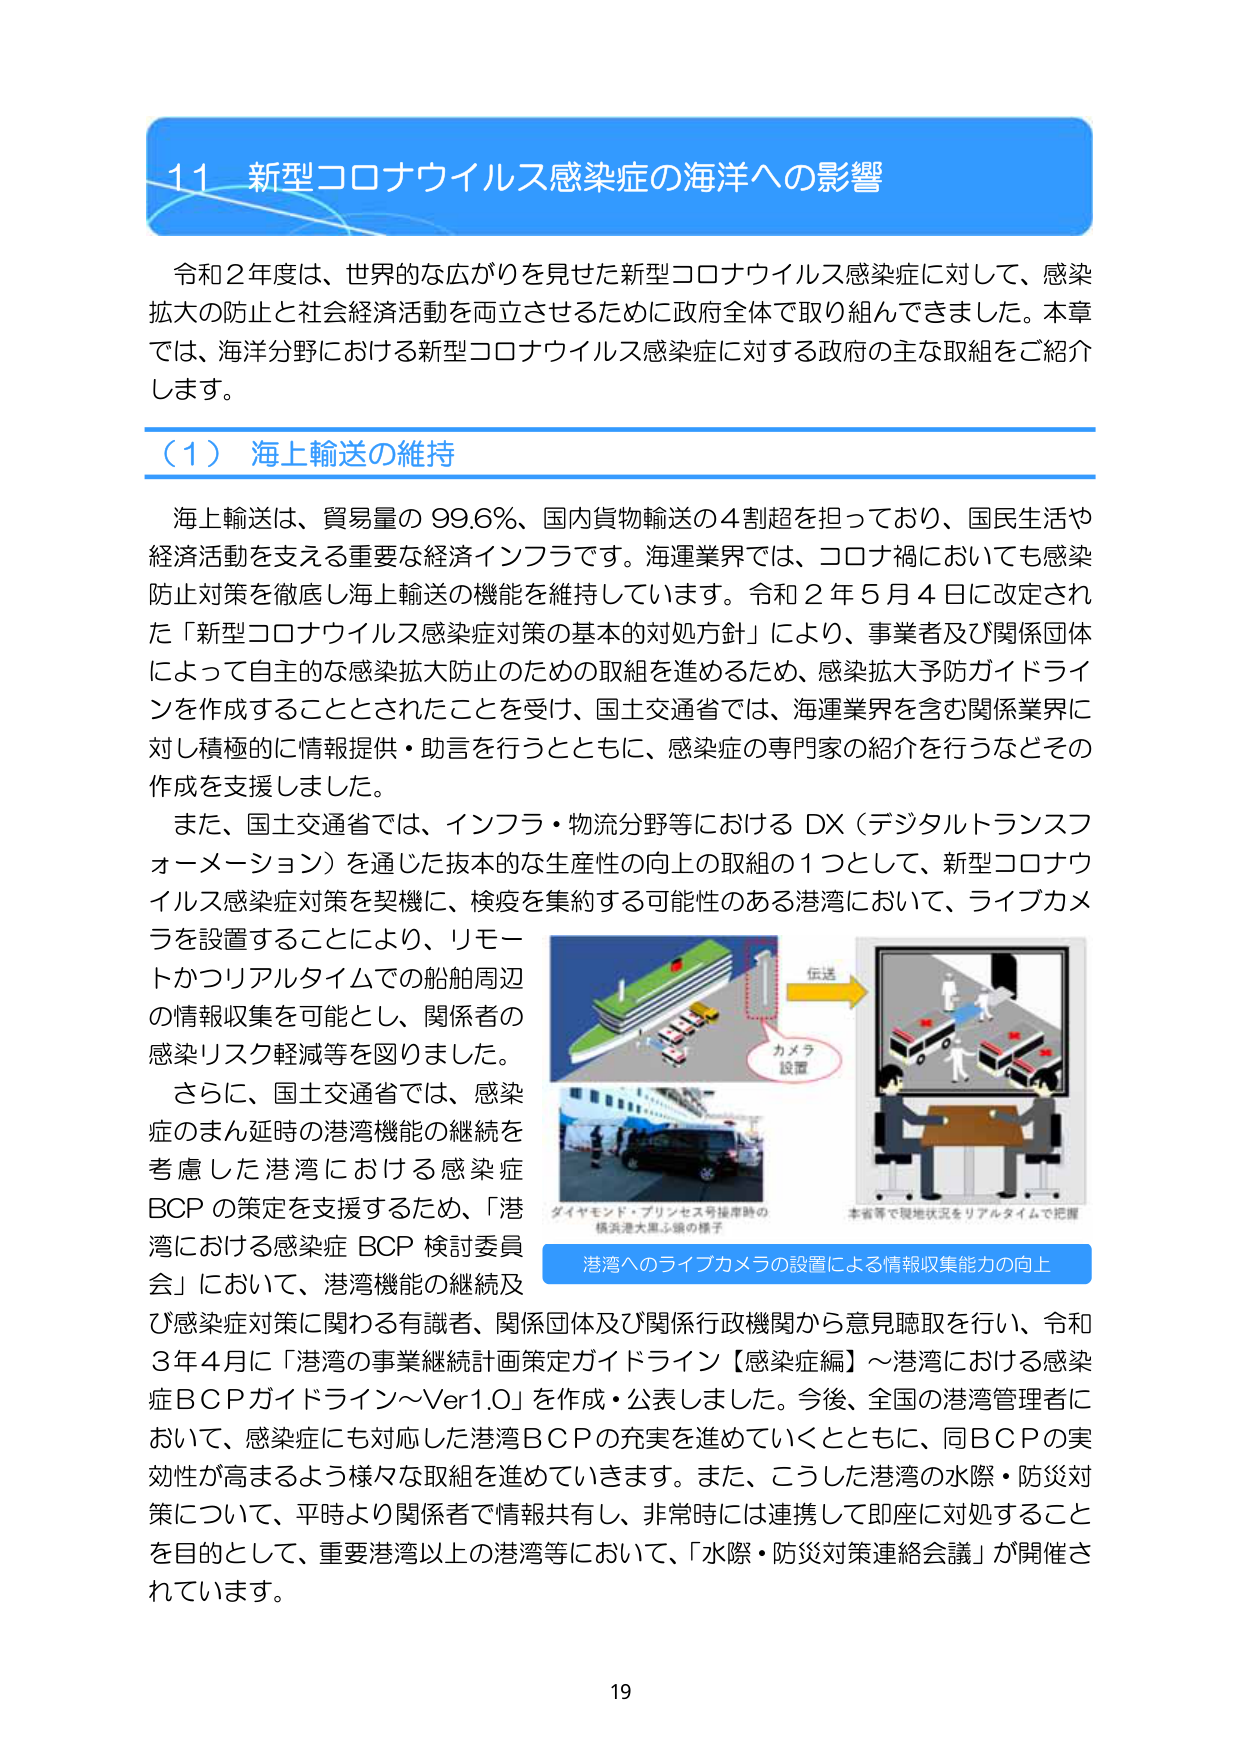
11 新型コロナウイルス感染症の海洋への影響

令和2年度は、世界的な広がりを見せた新型コロナウイルス感染症に対して、感染拡大の防止と社会経済活動を両立させるために政府全体で取り組んできました。本章では、海洋分野における新型コロナウイルス感染症に対する政府の主な取組をご紹介します。

（1）海上輸送の維持

海上輸送は、貿易量の99.6％、国内貨物輸送の4割超を担っており、国民生活や経済活動を支える重要な経済インフラです。海運業界では、コロナ禍においても感染防止対策を徹底し海上輸送の機能を維持しています。令和2年5月4日に改定された「新型コロナウイルス感染症対策の基本的対処方針」により、事業者及び関係団体によって自主的な感染拡大防止のための取組を進めるため、感染拡大予防ガイドラインを作成することとされたことを受け、国土交通省では、海運業界を含む関係業界に対し積極的に情報提供・助言を行うとともに、感染症の専門家の紹介を行うなどその作成を支援しました。

また、国土交通省では、インフラ・物流分野等におけるDX（デジタルトランスフォーメーション）を通じた抜本的な生産性の向上の取組の1つとして、新型コロナウイルス感染症対策を契機に、検疫を集約する可能性のある港湾において、ライブカメラを設置することにより、リモートかつリアルタイムでの船舶周辺の情報収集を可能とし、関係者の感染リスク軽減等を図りました。

さらに、国土交通省では、感染症のまん延時の港湾機能の継続を考慮した港湾における感染症BCPの策定を支援するため、「港湾における感染症BCP検討委員会」において、港湾機能の継続及び感染症対策に関わる有識者、関係団体及び関係行政機関から意見聴取を行い、令和3年4月に「港湾の事業継続計画策定ガイドライン【感染症編】～港湾における感染症BCPガイドライン～Ver1.0」を作成・公表しました。今後、全国の港湾管理者において、感染症にも対応した港湾BCPの充実を進めていくとともに、同BCPの実効性が高まるよう様々な取組を進めていきます。また、こうした港湾の水際・防災対策について、平時より関係者で情報共有し、非常時には連携して即座に対処することを目的として、重要港湾以上の港湾等において、「水際・防災対策連絡会議」が開催されています。

カメラ設置
伝送
ダイヤモンド・プリンセス号接岸時の横浜港大黒ふ頭の様子
本省等で現地状況をリアルタイムで把握
港湾へのライブカメラの設置による情報収集能力の向上

19